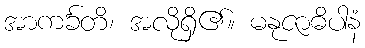
အာကင်္ခတိ၊ အလိုရှိ၏။ မနုဇာဓိပါနံ